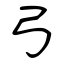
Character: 弓